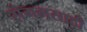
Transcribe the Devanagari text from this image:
संगमसाठी